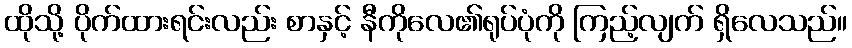
ထိုသို့ ပိုက်ထားရင်းလည်း စာနှင့် နီကိုလေ၏ရုပ်ပုံကို ကြည့်လျက် ရှိလေသည်။